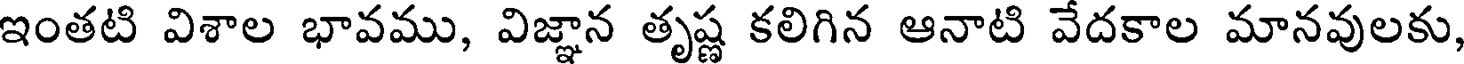
ఇంతటి విశాల భావము, విజ్ఞాన తృష్ణ కలిగిన ఆనాటి వేదకాల మానవులకు,